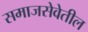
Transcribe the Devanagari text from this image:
समाजसेवेतील